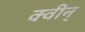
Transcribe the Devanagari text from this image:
क्वीन्